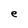
Character: e